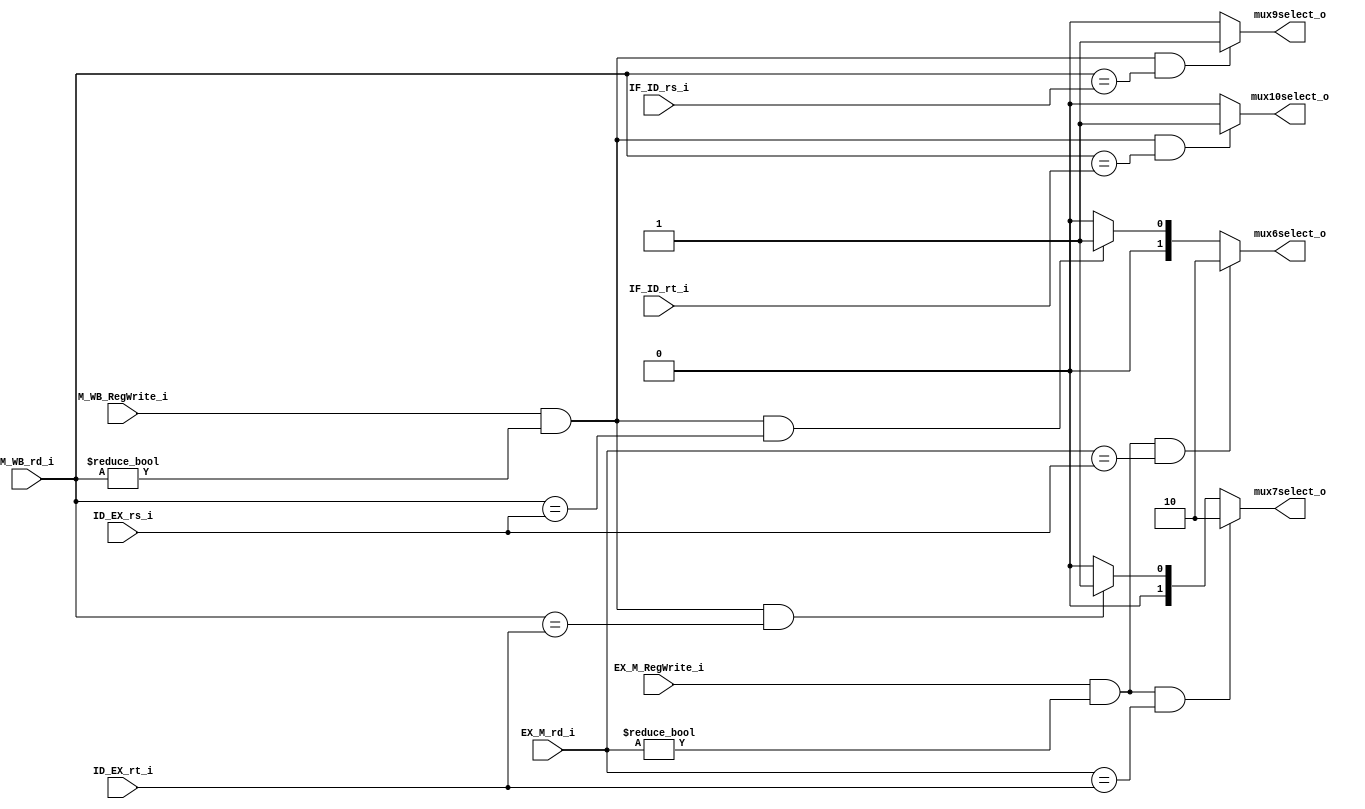
module FW
(
	EX_M_rd_i,
	EX_M_RegWrite_i,
	M_WB_rd_i,
	M_WB_RegWrite_i,
	ID_EX_rs_i,
	ID_EX_rt_i,
	IF_ID_rs_i,
	IF_ID_rt_i,
	mux6select_o,
	mux7select_o,
	mux9select_o,
	mux10select_o
);

input	EX_M_RegWrite_i;
input	M_WB_RegWrite_i;
input	[4:0]	M_WB_rd_i;
input	[4:0]	EX_M_rd_i;
input	[4:0]	ID_EX_rs_i;
input	[4:0]	ID_EX_rt_i;
input	[4:0]	IF_ID_rs_i;
input	[4:0]	IF_ID_rt_i;
output	[1:0]	mux6select_o;
output	[1:0]	mux7select_o;
output	mux9select_o;
output	mux10select_o;

reg	[1:0]	mux6select_o;
reg	[1:0]	mux7select_o;
reg	mux9select_o;
reg	mux10select_o;

always @(IF_ID_rs_i or IF_ID_rt_i or ID_EX_rs_i or ID_EX_rt_i or EX_M_rd_i or M_WB_rd_i or EX_M_RegWrite_i or M_WB_RegWrite_i)
begin
	if(M_WB_RegWrite_i && M_WB_rd_i != 5'd0 && M_WB_rd_i == IF_ID_rs_i)
	begin
		mux9select_o <= 1'b1;
	end
	else
	begin
		mux9select_o <= 1'b0;
	end
	if(M_WB_RegWrite_i && M_WB_rd_i != 5'd0 && M_WB_rd_i == IF_ID_rt_i)
	begin
		mux10select_o <= 1'b1;
	end
	else
	begin
		mux10select_o <= 1'b0;
	end
	if(EX_M_RegWrite_i && EX_M_rd_i != 5'd0 && EX_M_rd_i == ID_EX_rs_i)
	begin
		mux6select_o <= 2'b10;
	end
	else if(M_WB_RegWrite_i && M_WB_rd_i != 5'd0 && M_WB_rd_i == ID_EX_rs_i)
	begin
		mux6select_o <= 2'b01;
	end
	else
	begin
    	mux6select_o <= 2'b00;
	end
	if(EX_M_RegWrite_i && EX_M_rd_i != 5'd0 && EX_M_rd_i == ID_EX_rt_i)
	begin
		mux7select_o <= 2'b10;
	end
	else if(M_WB_RegWrite_i && M_WB_rd_i != 5'd0 && M_WB_rd_i == ID_EX_rt_i)
	begin
		mux7select_o <= 2'b01;
	end
	else
	begin
		mux7select_o <= 2'b00;
	end
end

endmodule